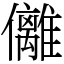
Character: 㒧